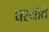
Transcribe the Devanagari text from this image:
घश्यात